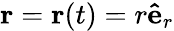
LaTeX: \mathbf{r}=\mathbf{r}(t)=r\mathbf{\hat{e}}_{r}